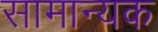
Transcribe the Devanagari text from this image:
सामान्यक